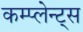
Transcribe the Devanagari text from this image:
कम्प्लेन्ट्स